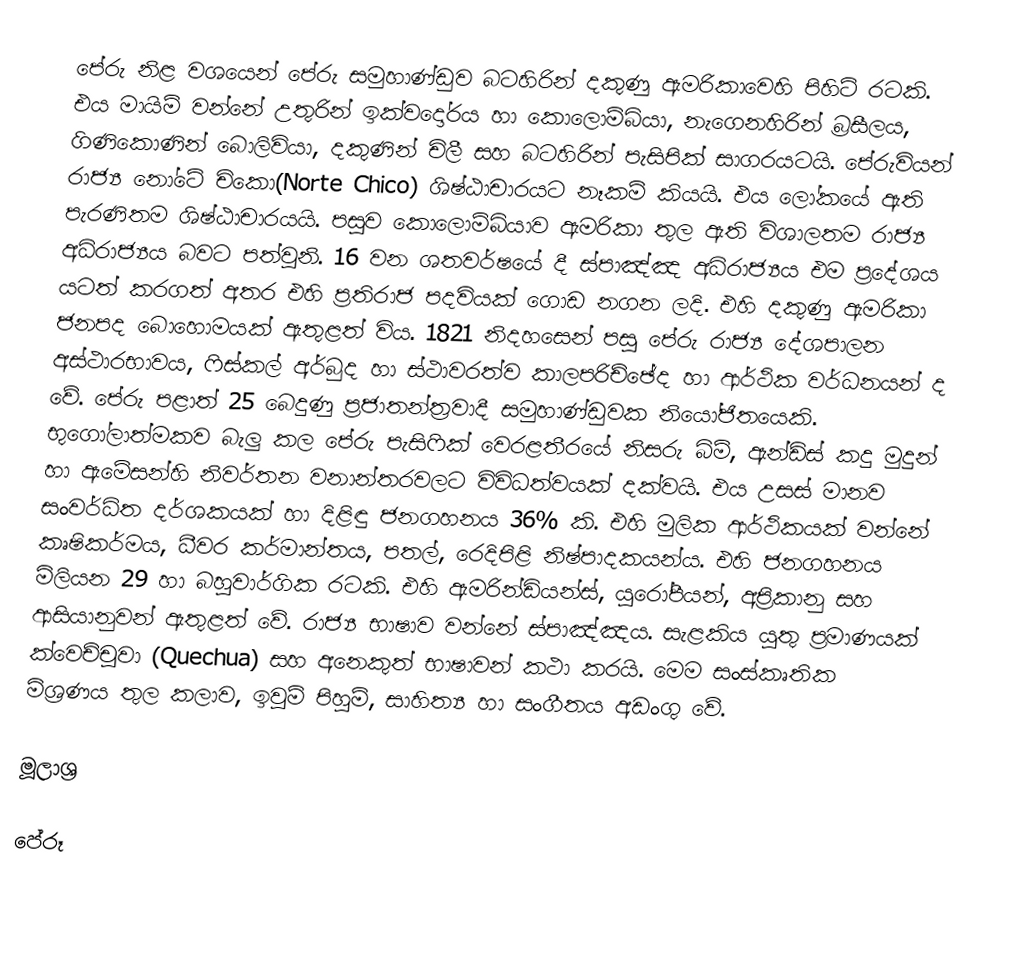
පේරු නිළ වශයෙන් පේරු සමුහාණ්ඩුව බටහිරින් දකුණු ඇමරිකාවෙහි පිහිටි රටකි. එය මායිම් වන්නේ උතුරින් ඉක්වදෝරය හා කොලොම්බියා, නැගෙනහිරින් බ්‍රසීලය, ගිණිකොණින් බොලිවියා, දකුණින් චිලී සහ බටහිරින් පැසි‍පික් සාගරයටයි. පේරුවියන් රාජ්‍ය නෝටේ චිකො(Norte Chico) ශිෂ්ඨාචාරයට නෑකම් කියයි. එය ලෝකයේ ඇති පැරණිතම ශිෂ්ඨාචාරයයි. පසුව කොලොම්බියාව ඇමරිකා තුල ඇති විශාලතම රාජ්‍ය අධිරාජ්‍යය බවට පත්වුනි. 16 වන ශතවර්ෂයේ දී ස්පාඤ්ඤ අධිරාජ්‍යය එම ප්‍රදේශය යටත් කරගත් අතර එහි ප්‍රතිරාජ පදවියක් ගොඩ නගන ලදි. එහි දකුණු ඇමරිකා ජනපද බොහොමයක් ඇතුළත් විය. 1821 නිදහසෙන් පසු පේරු රාජ්‍ය දේශපාලන අස්ථාරභාවය, ෆිස්කල් අර්බුද හා ස්ථාවරත්ව කාලපරිච්ඡේද හා ආර්ථික වර්ධනයන් ද වේ. පේරු පළාත් 25 බෙදුණු ප්‍රජාතන්ත්‍රවාදී සමුහාණ්ඩුවක නියෝජිතයෙකි. භුගෝලාත්මකව බැලු කල පේරු පැසිෆික් වෙරළතීරයේ නිසරු බිම්, ඇන්ඩ්ස් කදු මුදුන් හා ඇමේසන්හි නිවර්තන වනාන්තරවලට විවිධත්වයක් දක්වයි. එය උසස් මානව සංවර්ධිත දර්ශකයක් හා දිළිඳු ජනගහනය 36% කි. එහි මුලික ආර්ථිකයක් වන්නේ කෘෂිකර්මය, ධීවර කර්මාන්තය, පතල්, රෙදිපිළි නිෂ්පාදකයන්ය. එහි ජනගහනය මිලියන 29 හා බහුවාර්ගික රටකි. එහි ඇමරින්ඩියන්ස්, යුරෝපීයන්, අප්‍රිකානු සහ ආසියානුවන් ඇතුළත් වේ. රාජ්‍ය භාෂාව වන්නේ ස්පාඤ්ඤය. සැළකිය යුතු ප්‍රමාණයක් ක්වෙච්චුවා (Quechua) සහ අනෙකුත් භාෂාවන් කථා කරයි. මෙම සංස්කෘතික මිශ්‍රණය තුල කලාව, ඉවුම් පිහුම්, සාහිත්‍ය හා සංගීතය අඩංගු වේ.

මූලාශ්‍ර

පේරූ